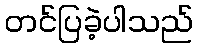
တင်ပြခဲ့ပါသည်